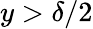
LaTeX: y>\delta/2